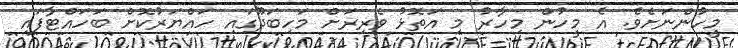
މީހުންނަށެވެ. އެ މީހުން މިހާރު މި އަތޮޅު ވެރިރަށް މަހިބަދޫގައި ހައްޔަރުކޮށް ބަހައްޓާފައި